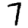
Digit: 7